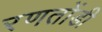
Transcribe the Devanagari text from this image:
रणतोंडी